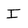
Character: I